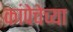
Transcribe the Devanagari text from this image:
कांपेचेच्या